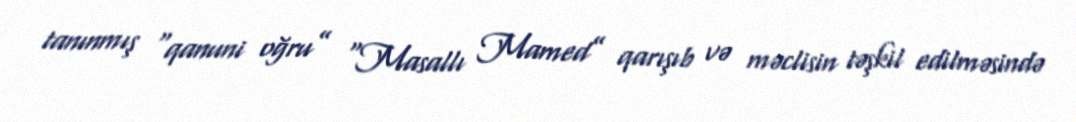
tanınmış “qanuni oğru” “Masallı Mamed” qarışıb və məclisin təşkil edilməsində